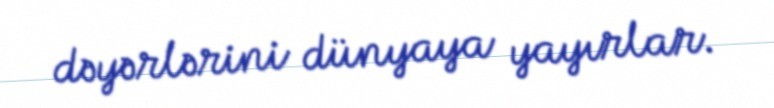
dəyərlərini dünyaya yayırlar.